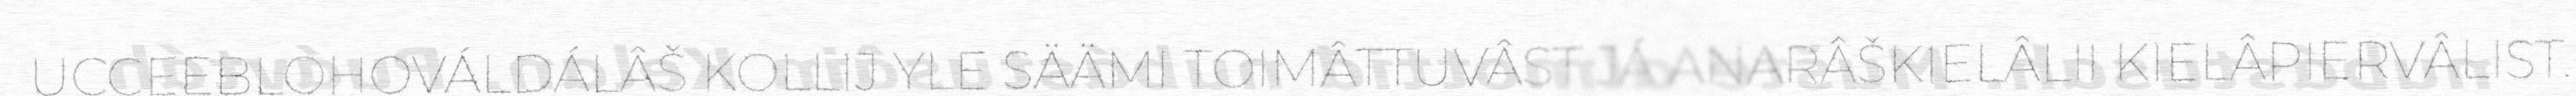
UCCEEBLOHOVÁLDÁLÂŠ KOLLIJ YLE SÄÄMI TOIMÂTTUVÂST JÁ ANARÂŠKIELÂLII KIELÂPIERVÂLIST.